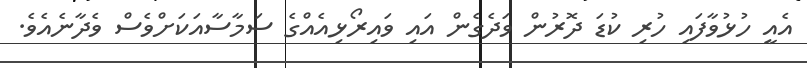
އެއީ ހުޅުވާފައި ހުރި ކުޑަ ދޮރުން ވަދެގެން އައި ވައިރޯޅިއެއްގެ ސަމާސާއަކަށްވެސް ވެދާނެއެވެ.